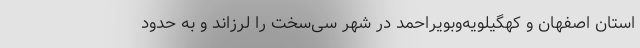
استان اصفهان و کهگیلویه‌وبویراحمد در شهر سی‌سخت را لرزاند و به حدود